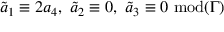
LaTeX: \tilde { a } _ { 1 } \equiv 2 a _ { 4 } , \ \tilde { a } _ { 2 } \equiv 0 , \ \tilde { a } _ { 3 } \equiv 0 \ \mathrm { m o d } ( \Gamma )